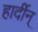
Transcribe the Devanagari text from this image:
हार्दीन्